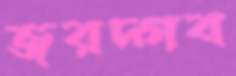
জরদ্গব